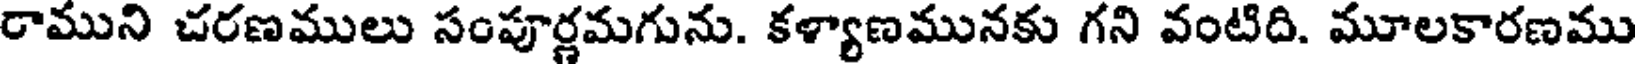
రాముని చరణములు సంపూర్ణమగును. కళ్యాణమునకు గని వంటిది. మూలకారణము